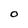
Character: 0